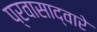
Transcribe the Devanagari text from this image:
प्रवासाद्वारे